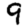
Digit: 9